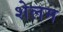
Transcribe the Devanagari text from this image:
शेलम